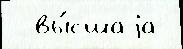
  вы́сшаjа